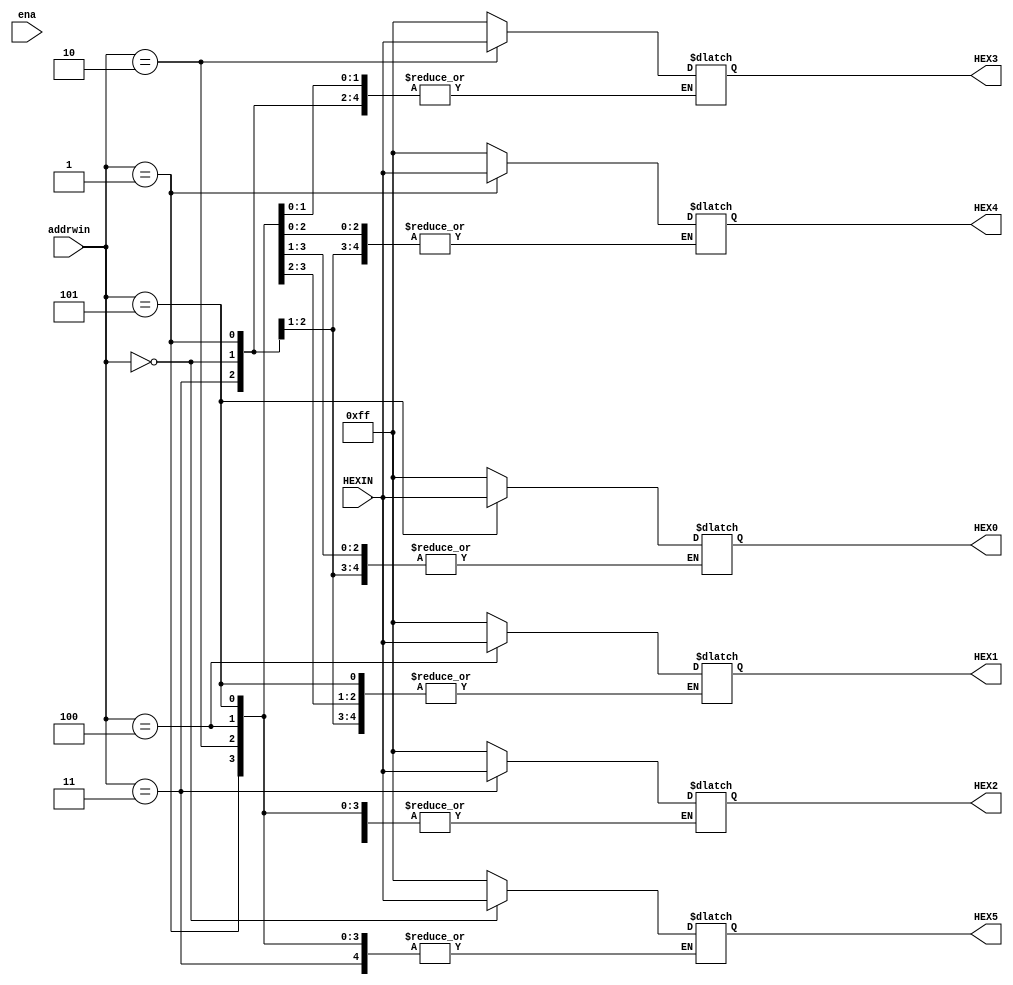
module muxrxout(
input [7:0] HEXIN,
input [2:0] addrwin,
input ena,

output reg [7:0] HEX0, HEX1, HEX2, HEX3, HEX4, HEX5
);

always@(ena)
begin
	case(addrwin)
		3'd0:
			begin
			HEX5 <= HEXIN;
			end
		3'd1:
			begin
			HEX4 <= HEXIN;
			end
		3'd2:
			begin
			HEX3 <= HEXIN;
			end
		3'd3:
			begin
			HEX2 <= HEXIN;
			end
		3'd4:
			begin
			HEX1 <= HEXIN;
			end
		3'd5:
			begin
			HEX0 <= HEXIN;
			end
		default:
			begin
			HEX0 <= 8'd255;
			HEX1 <= 8'd255;
			HEX2 <= 8'd255;
			HEX3 <= 8'd255;
			HEX4 <= 8'd255;
			HEX5 <= 8'd255;
			end
	endcase
end


endmodule